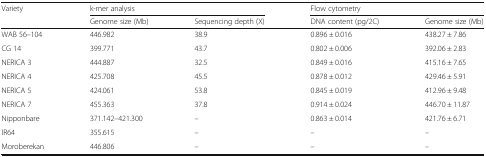
<table><thead><tr><td rowspan="2"><b>Variety</b></td><td colspan="2"><b>k-mer analysis</b></td><td colspan="2"><b>Flow cytometry</b></td></tr><tr><td><b>Genome size (Mb)</b></td><td><b>Sequencing depth (X)</b></td><td><b>DNA content (pg/2C)</b></td><td><b>Genome size (Mb)</b></td></tr></thead><tbody><tr><td>WAB 56–104</td><td>446.982</td><td>38.9</td><td>0.896 ± 0.016</td><td>438.27 ± 7.86</td></tr><tr><td>CG 14</td><td>399.771</td><td>43.7</td><td>0.802 ± 0.006</td><td>392.06 ± 2.83</td></tr><tr><td>NERICA 3</td><td>444.887</td><td>32.5</td><td>0.849 ± 0.016</td><td>415.16 ± 7.65</td></tr><tr><td>NERICA 4</td><td>425.708</td><td>45.5</td><td>0.878 ± 0.012</td><td>429.46 ± 5.91</td></tr><tr><td>NERICA 5</td><td>424.061</td><td>53.8</td><td>0.845 ± 0.019</td><td>412.96 ± 9.48</td></tr><tr><td>NERICA 7</td><td>455.363</td><td>37.8</td><td>0.914 ± 0.024</td><td>446.70 ± 11.87</td></tr><tr><td>Nipponbare</td><td>371.142–421.300</td><td>–</td><td>0.863 ± 0.014</td><td>421.76 ± 6.71</td></tr><tr><td>IR64</td><td>355.615</td><td>–</td><td>–</td><td>–</td></tr><tr><td>Moroberekan</td><td>446.806</td><td>–</td><td>–</td><td>–</td></tr></tbody></table>